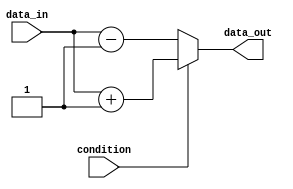
module if_else_example(
    input wire condition,
    input wire data_in,
    output reg data_out
);

always @*
begin
    if(condition == 1'b1) begin
        // Execute this block of statements if condition is true
        data_out <= data_in + 1;
    end
    else begin
        // Execute this block of statements if condition is false
        data_out <= data_in - 1;
    end
end

endmodule